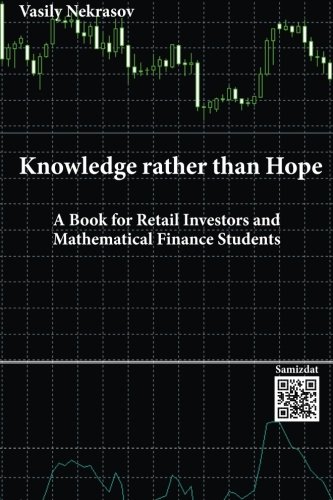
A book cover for Knowledge rather than Hope: A Book for Retail Investors and Mathematical Finance Students; Vasily Nekrasov; Business & Money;